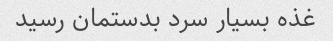
غذه بسیار سرد بدستمان رسید